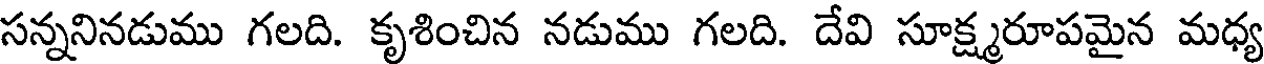
సన్ననినడుము గలది. కృశించిన నడుము గలది. దేవి సూక్ష్మరూపమైన మధ్య